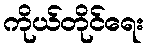
ကိုယ်တိုင်ရေး